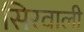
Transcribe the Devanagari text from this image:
सिरवाली